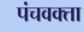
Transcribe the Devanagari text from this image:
पंचवक्ता